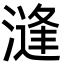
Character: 漨